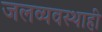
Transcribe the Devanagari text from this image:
जलव्यवस्थाही